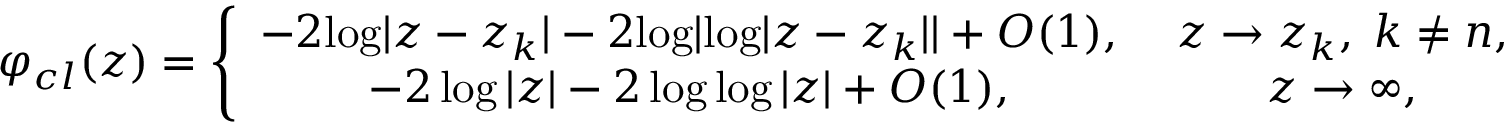
\varphi _ { c l } ( z ) = \left\{ \begin{array} { c c } { { - 2 { \log } | z - z _ { k } | - 2 { \log } | { \log } | z - z _ { k } | | + { \cal O } ( 1 ) , \; } } & { { z \to z _ { k } , \; k \ne n , } } \\ { { - 2 \log | z | - 2 \log \log | z | + { \cal O } ( 1 ) , \; } } & { { z \to \infty , } } \end{array} \right.